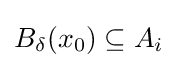
B_{\delta }(x_{0})\subseteq A_{i}